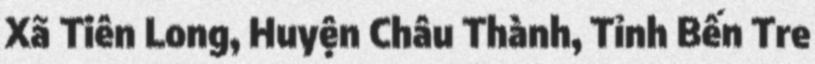
Xã Tiên Long, Huyện Châu Thành, Tỉnh Bến Tre